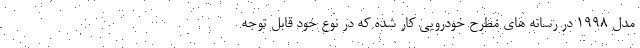
مدل 1998 در رسانه های مطرح خودرویی کار شده که در نوع خود قابل توجه